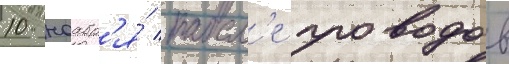
10 ноабр'я́ посл'е проводов